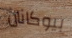
بيوكانان